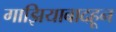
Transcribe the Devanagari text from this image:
गाझियाबादहून